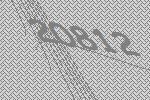
20812